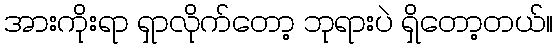
အားကိုးရာ ရှာလိုက်တော့ ဘုရားပဲ ရှိတော့တယ်။